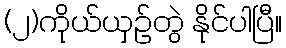
(၂)ကိုယ်ယှဉ်တွဲ နိုင်ပါပြီ။